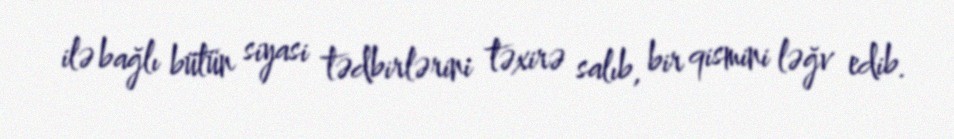
ilə bağlı bütün siyasi tədbirlərini təxirə salıb, bir qismini ləğv edib.